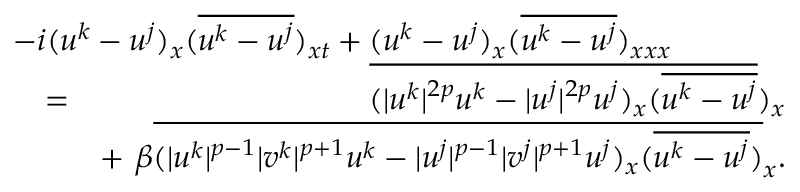
\begin{array} { r l r } { \lefteqn { - i ( u ^ { k } - u ^ { j } ) _ { x } ( \overline { { u ^ { k } - u ^ { j } } } ) _ { x t } + ( u ^ { k } - u ^ { j } ) _ { x } ( \overline { { u ^ { k } - u ^ { j } } } ) _ { x x x } } } \\ & { = } & { \overline { { ( | u ^ { k } | ^ { 2 p } u ^ { k } - | u ^ { j } | ^ { 2 p } u ^ { j } ) _ { x } ( \overline { { u ^ { k } - u ^ { j } } } } } ) _ { x } } \\ & { } & { + \ \beta \overline { { ( | u ^ { k } | ^ { p - 1 } | v ^ { k } | ^ { p + 1 } u ^ { k } - | u ^ { j } | ^ { p - 1 } | v ^ { j } | ^ { p + 1 } u ^ { j } ) _ { x } ( \overline { { u ^ { k } - u ^ { j } } } ) } } _ { x } . } \end{array}